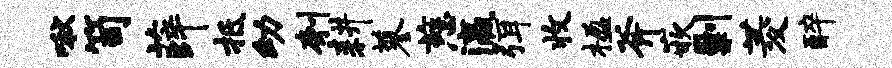
啾笥薛抵幼刳耕蓼慈瀛弭收楹斧嵌剿菱醉